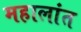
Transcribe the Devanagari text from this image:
महालांत